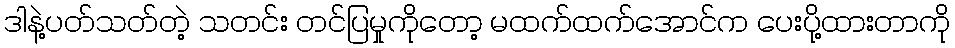
ဒါနဲ့ပတ်သတ်တဲ့ သတင်း တင်ပြမှုကိုတော့ မထက်ထက်အောင်က ပေးပို့ထားတာကို